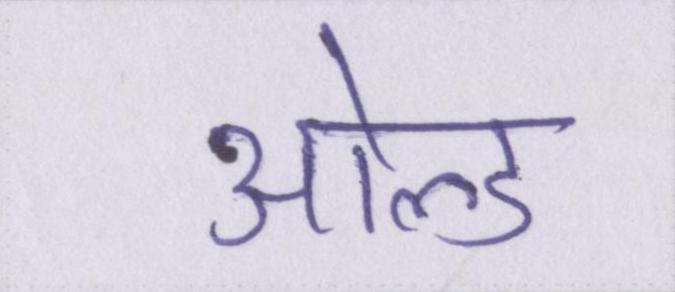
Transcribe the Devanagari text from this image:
ओल्ड